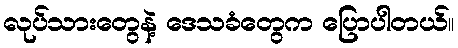
လုပ်သားတွေနဲ့ ဒေသခံတွေက ပြောပါတယ်။